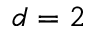
d = 2